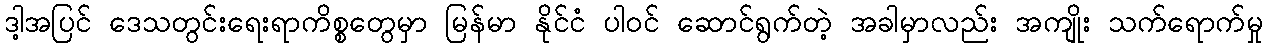
ဒါ့အပြင် ဒေသတွင်းရေးရာကိစ္စတွေမှာ မြန်မာ နိုင်ငံ ပါဝင် ဆောင်ရွက်တဲ့ အခါမှာလည်း အကျိုး သက်ရောက်မှု